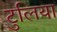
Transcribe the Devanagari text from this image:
टुलिया